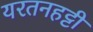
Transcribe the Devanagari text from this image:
यरतनहट्टी